Leaving Certificate Examination (including Day School Certificate (Higher) General paper), 1936
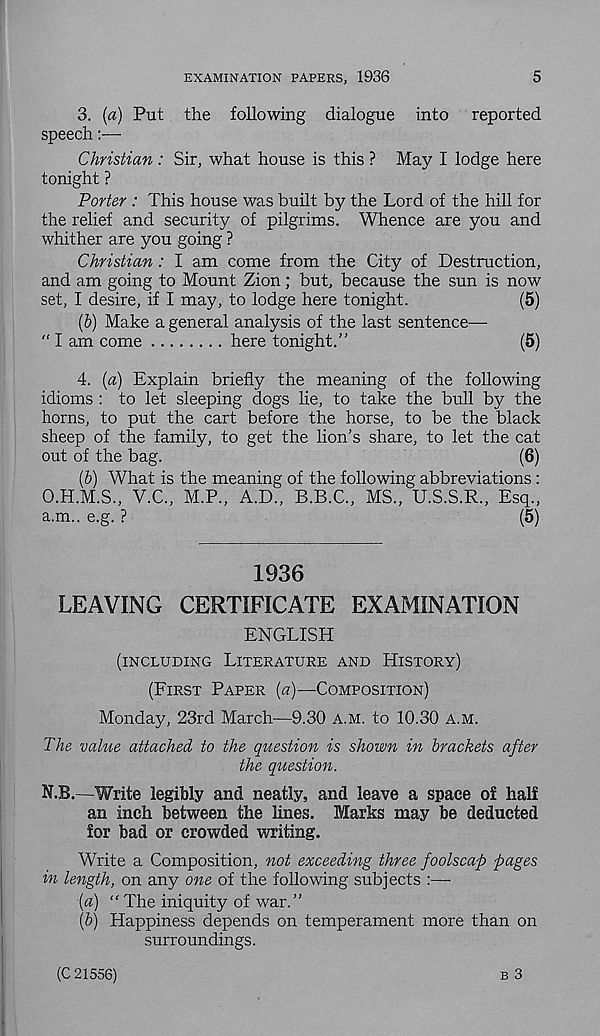
EXAMINATION PAPERS, 1936
5
3. {a) Put the following dialogue into reported
speech:—
Christian : Sir, what house is this ? May I lodge here
tonight ?
Porter : This house was built by the Lord of the hill for
the relief and security of pilgrims. Whence are you and
whither are you going ?
Christian : I am come from the City of Destruction,
and am going to Mount Zion; but, because the sun is now
set, I desire, if I may, to lodge here tonight.
(5)
(b) Make a general analysis of the last sentence—
f ‘ I am come
here tonight.”
(5)
4. (a) Explain briefly the meaning of the following
idioms : to let sleeping dogs lie, to take the bull by the
horns, to put the cart before the horse, to be the black
sheep of the family, to get the lion’s share, to let the cat
out of the bag.
(6)
(&) What is the meaning of the following abbreviations :
O.H.M.S., V.C., M.P., A.D.,
MS., U.S.S.R., Esq.,
a.m.. e.g. ?
(5)
1936
LEAVING CERTIFICATE EXAMINATION
ENGLISH
(INCLUDING LITERATURE AND HISTORY)
(FIRST PAPER {a)—COMPOSITION)
Monday, 23rd March—9.30 A.M. to 10.30 A.M.
The value attached to the question is shown in brackets after
the question.
N.B.—Write legibly and neatly, and leave a space of half
an inch between the lines. Marks may be deducted
for bad or crowded writing.
Write a Composition, not exceeding three foolscap pages
in length, on any one of the following subjects :—-
(a) “ The iniquity of war.”
(b) Happiness depends on temperament more than on
surroundings.
B 3
(C 21556)